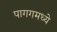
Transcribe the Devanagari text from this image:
पागगमध्ये